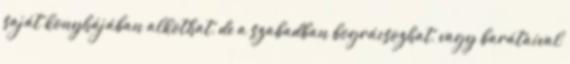
saját konyhájában alkothat, de a szabadban bográcsozhat, vagy barátaival